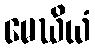
မေဃိယံ